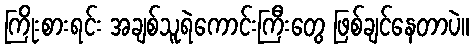
ကြိုးစားရင်း အချစ်သူရဲကောင်းကြီးတွေ ဖြစ်ချင်နေတာပဲ။